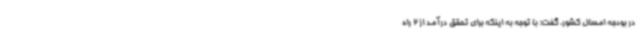
در بودجه امسال کشور، گفت: با توجه به اینکه برای تحقق درآمد از 2 راه